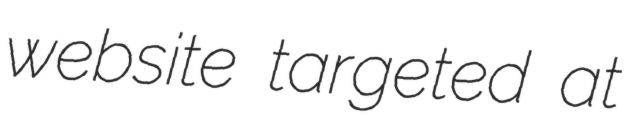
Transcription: website targeted at